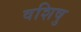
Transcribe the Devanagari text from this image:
वशिषु